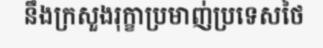
នឹងក្រសួងរុក្ខាប្រមាញ់ប្រទេសថៃ